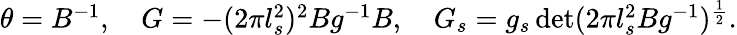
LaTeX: \begin{array}{c}{{\theta=B^{-1},\quad G=-(2\pi l_{s}^{2})^{2}Bg^{-1}B,\quad G_{s}=g_{s}\operatorname*{det}(2\pi l_{s}^{2}Bg^{-1})^{\frac{1}{2}}.}}\end{array}